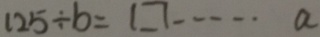
1 2 5 \div b = \square \cdots a